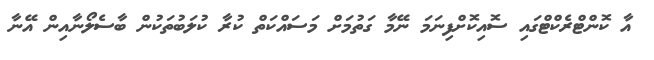
އާ ކޮންޓްރެކްޓްގައި ސޮއިކޮށްފިނަމަ ނޭމާ ގަތުމަށް މަސައްކަތް ކުރާ ކުލަބުތަކުން ބާސެލޯނާއިން އޭނާ